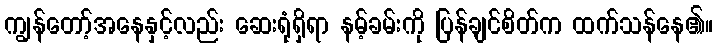
ကျွန်တော့်အနေနှင့်လည်း ဆေးရုံရှိရာ နမ့်ခမ်းကို ပြန်ချင်စိတ်က ထက်သန်နေ၏။